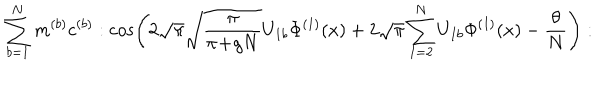
\sum _ { b = 1 } ^ { N } m ^ { ( b ) } c ^ { ( b ) } : \cos \left( 2 \sqrt { \pi } \sqrt { \frac { \pi } { \pi \! + \! g N } } U _ { 1 b } \Phi ^ { ( 1 ) } ( x ) + 2 \sqrt { \pi } \sum _ { I = 2 } ^ { N } U _ { I b } \Phi ^ { ( I ) } ( x ) - \frac { \theta } { N } \right) :